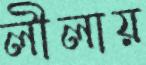
লীলায়